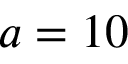
a = 1 0